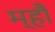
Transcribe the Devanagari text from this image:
म्हौं